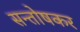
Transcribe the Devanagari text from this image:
सन्तोषकर